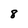
Character: 8